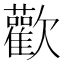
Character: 歡